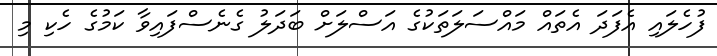
ފުހެލައި އެފަދަ އެތައް މައްސަލަތަކުގެ އަސްލަށް ބަދަލު ގެނެސްފައިވާ ކަމުގެ ހެކި މި